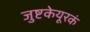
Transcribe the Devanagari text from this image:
जुष्टकेयूरकं